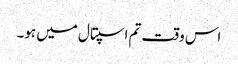
اس وقت تم اسپتال میں ہو۔